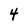
Character: 4